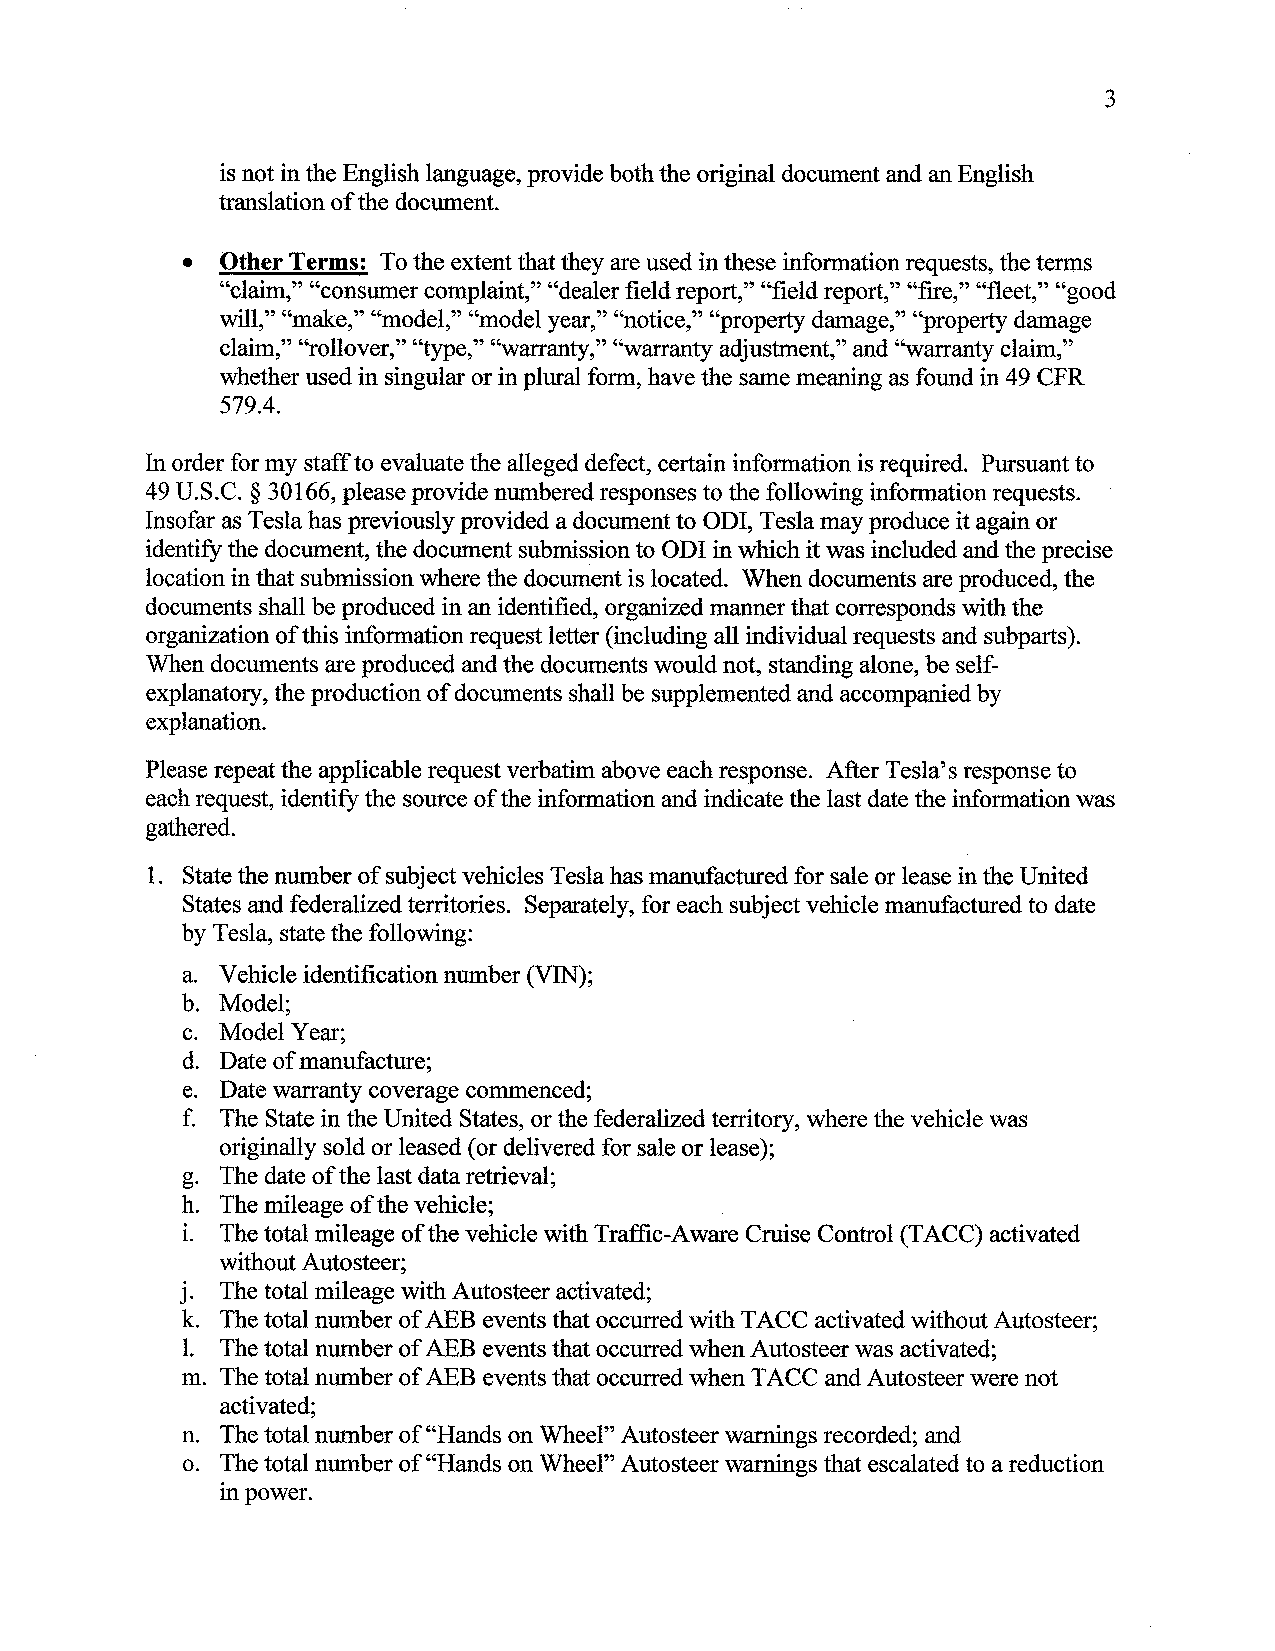
3
 is not in the English language, provide both the original document and an English
 translation of the document.
 •  Other Terms: To the extent that they are used in these information requests, the terms
 "claim," "consumer complaint," "dealer field report," "field report," "fire," "fleet," "good
 will," "make," "model," "model year," "notice," "property damage," "property damage
 claim," "rollover," "type," "warranty," "warranty adjustment," and "warranty claim,"
 whether used in singular or in plural form, have the same meaning as found in 49 CFR
 579.4.
 In order for my staff to evaluate the alleged defect, certain information is required. Pursuant to
 49 U.S.C. § 30166, please provide numbered responses to the following information requests.
 Insofar as Tesla has previously provided a document to ODI, Tesla may produce it again or
 identify the document, the document submission to ODI in which it was included and the precise
 location in that submission where the document is located. When documents are produced, the
 documents shall be produced in an identified, organized manner that corresponds with the
 organization of this information request letter (including all individual requests and subparts).
 When documents are produced and the documents would not, standing alone, be self
 explanatory, the production of documents shall be supplemented and accompanied by
 explanation.
 Please repeat the applicable request verbatim above each response. After Tesla's response to
 each request, identify the source of the information and indicate the last date the information was
 gathered.
 1. State the number of subject vehicles Tesla has manufactured for sale or lease in the United
 States and federalized territories. Separately, for each subject vehicle manufactured to date
 by Tesla, state the following:
 a. Vehicle identification number (VIN);
 b. Model;
 c. Model Year;
 d. Date of manufacture;
 e. Date warranty coverage commenced;
 f. The State in the United States, or the federalized territory, where the vehicle was
 originally sold or leased (or delivered for sale or lease);
 g. The date of the last data retrieval;
 h. The mileage of the vehicle;
 L  The total mileage of the vehicle with Traffic-Aware Cruise Control (TACC) activated
 without Autosteer;
 J. The total mileage with Autosteer activated;
 k. The total number of AEB events that occurred with TACC activated without Autosteer;
 1. The total number of AEB events that occurred when Autosteer was activated;
 m. The total number of AEB events that occurred when T ACC and Autosteer were not
 activated;
 n. The total number of "Hands on Wheel" Autosteer warnings recorded; and
 o. The total number of"Hands on Wheel" Autosteer warnings that escalated to a reduction
 in power.